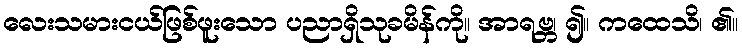
လေးသမားငယ်ဖြစ်ဖူးသော ပညာရှိသုခမိန်ကို။ အာရဗ္ဘ၊ ၍။ ကထေသိ၊ ၏။